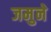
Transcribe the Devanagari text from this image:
जमुने